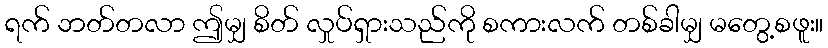
ရက် ဘတ်တလာ ဤမျှ စိတ် လှုပ်ရှားသည်ကို စကားလက် တစ်ခါမျှ မတွေ့စဖူး။